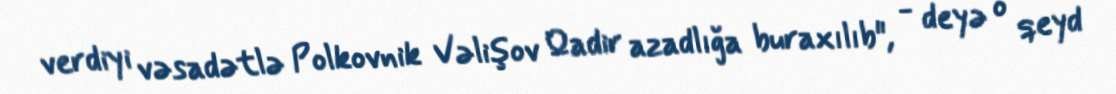
verdiyi vəsadətlə Polkovnik Vəlişov Qadir azadlığa buraxılıb", - deyə o qeyd